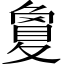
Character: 夐